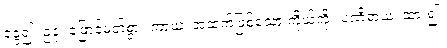
ခွေ၍။ ဥဇုံ၊ ဖြောင့်မတ်စွာ။ ကာယံ၊ အထက်ဖြစ်သော ကိုယ်ကို။ ပဏိဓာယ၊ ထား၍။